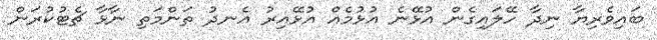
ބައިވެރިޔާ ނިދާ ހޭލައިގެން އުޅޭނެ އުޅުމެއް އުޅޭއިރު އެނދު ތަންމަތި ނާޅާ ޗެޓުކުރަން